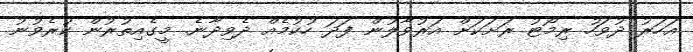
އަހަރު ދުވަހު ރިމޯޓު ރަށަކަށް އަރުވާލުން ފަދަ ހުކުމެއް ދެވިދާނެ. މީގެއިތުރުން ކުރެވުނު